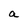
Character: a